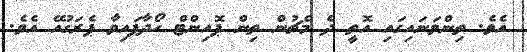
އެވެ. ތިންވަނައިގައި އޮތީ ދެ މެޗުން ތިން ޕޮއިންޓް ހޯދާފައިވާ ޕެރަގުއޭ އެވެ.